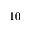
1 0